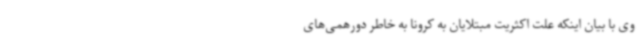
وی با بیان اینکه علت اکثریت مبتلایان به کرونا به خاطر دورهمی‌های